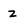
Character: z